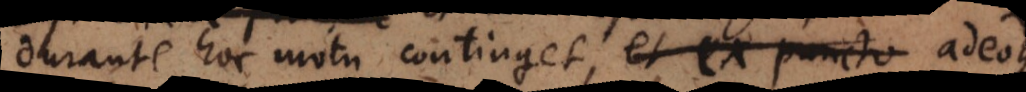
durante hoc motu continget, et ex puncto adeoque